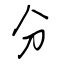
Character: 分